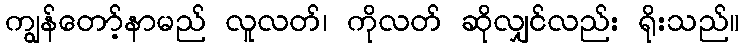
ကျွန်တော့်နာမည် လူလတ်၊ ကိုလတ် ဆိုလျှင်လည်း ရိုးသည်။